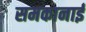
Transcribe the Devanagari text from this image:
समकानाई